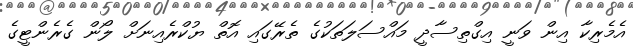
އެމެރިކާ އިން ވަނީ އިގްތިސާދީ މައްސަލަތަކުގެ ތެރޭގައި އޮތް ޔުކްރެެއިނަށް ލޯން ގެރެންޓީގެ